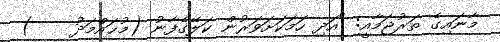
މާނައިގެ ތަރުޖަމާއީ: "އަދި ހަމަކަށަވަރުން ކަލޭގެފާނު (މުޙައްމަދު    )